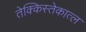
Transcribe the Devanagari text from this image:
तेक्किस्तेकात्ल